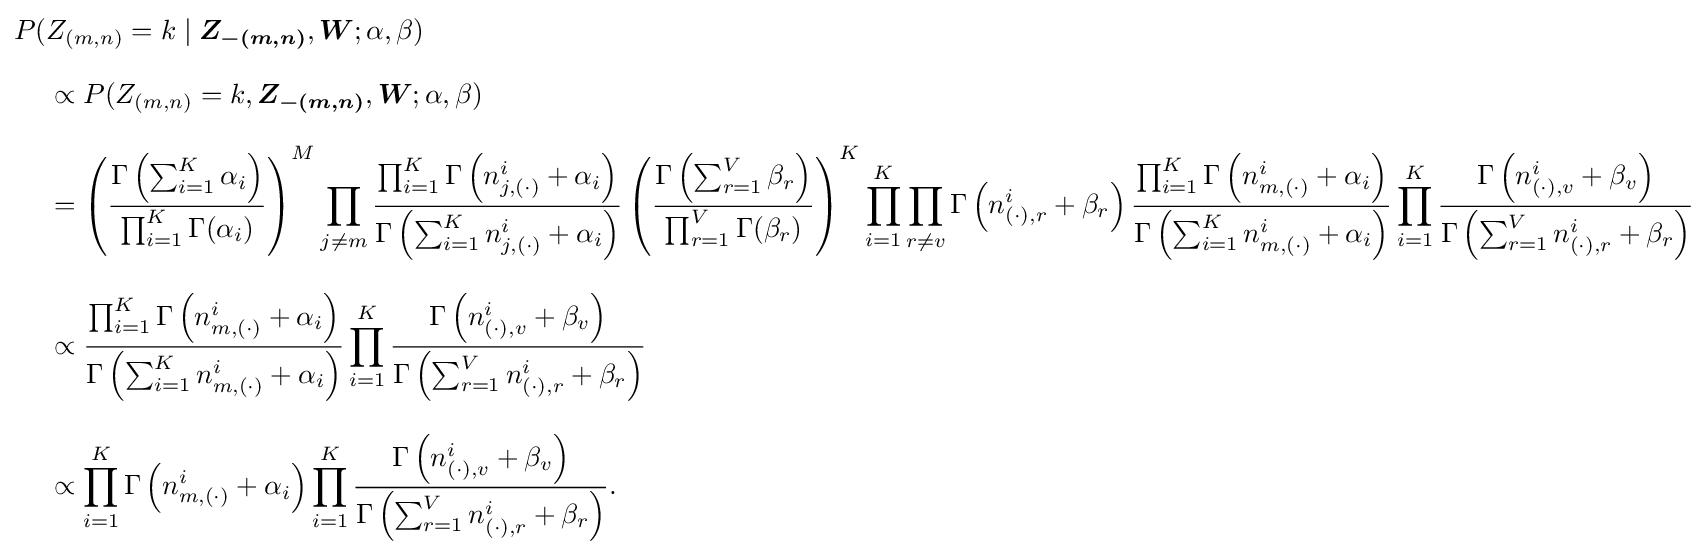
{\begin{aligned}P(&Z_{(m,n)}=k\mid {\boldsymbol {Z_{-(m,n)}}},{\boldsymbol {W}};\alpha ,\beta )\\[8pt]&\propto P(Z_{(m,n)}=k,{\boldsymbol {Z_{-(m,n)}}},{\boldsymbol {W}};\alpha ,\beta )\\[8pt]&=\left({\frac {\Gamma \left(\sum _{i=1}^{K}\alpha _{i}\right)}{\prod _{i=1}^{K}\Gamma (\alpha _{i})}}\right)^{M}\prod _{j\neq m}{\frac {\prod _{i=1}^{K}\Gamma \left(n_{j,(\cdot )}^{i}+\alpha _{i}\right)}{\Gamma \left(\sum _{i=1}^{K}n_{j,(\cdot )}^{i}+\alpha _{i}\right)}}\left({\frac {\Gamma \left(\sum _{r=1}^{V}\beta _{r}\right)}{\prod _{r=1}^{V}\Gamma (\beta _{r})}}\right)^{K}\prod _{i=1}^{K}\prod _{r\neq v}\Gamma \left(n_{(\cdot ),r}^{i}+\beta _{r}\right){\frac {\prod _{i=1}^{K}\Gamma \left(n_{m,(\cdot )}^{i}+\alpha _{i}\right)}{\Gamma \left(\sum _{i=1}^{K}n_{m,(\cdot )}^{i}+\alpha _{i}\right)}}\prod _{i=1}^{K}{\frac {\Gamma \left(n_{(\cdot ),v}^{i}+\beta _{v}\right)}{\Gamma \left(\sum _{r=1}^{V}n_{(\cdot ),r}^{i}+\beta _{r}\right)}}\\[8pt]&\propto {\frac {\prod _{i=1}^{K}\Gamma \left(n_{m,(\cdot )}^{i}+\alpha _{i}\right)}{\Gamma \left(\sum _{i=1}^{K}n_{m,(\cdot )}^{i}+\alpha _{i}\right)}}\prod _{i=1}^{K}{\frac {\Gamma \left(n_{(\cdot ),v}^{i}+\beta _{v}\right)}{\Gamma \left(\sum _{r=1}^{V}n_{(\cdot ),r}^{i}+\beta _{r}\right)}}\\[8pt]&\propto \prod _{i=1}^{K}\Gamma \left(n_{m,(\cdot )}^{i}+\alpha _{i}\right)\prod _{i=1}^{K}{\frac {\Gamma \left(n_{(\cdot ),v}^{i}+\beta _{v}\right)}{\Gamma \left(\sum _{r=1}^{V}n_{(\cdot ),r}^{i}+\beta _{r}\right)}}.\end{aligned}}